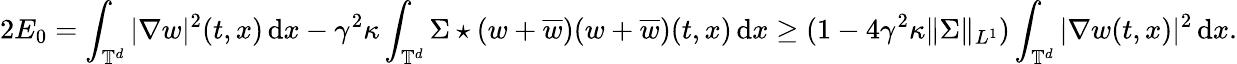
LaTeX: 2E_{0}=\displaystyle\int_{\mathbb T^{d}}|\nabla w|^{2}(t,x)\, {\mathrm{d}}x-\displaystyle\gamma^{2}\kappa\displaystyle\int_{\mathbb T^{d}}\Sigma\star(w+\overline{w})(w+\overline{w})(t,x)\, {\mathrm{d}}x\ge(1-4\gamma^{2}\kappa\| \Sigma\| _{L^{1}})\int_{\mathbb T^{d}}|\nabla w(t,x)|^{2}\, {\mathrm{d}}x.